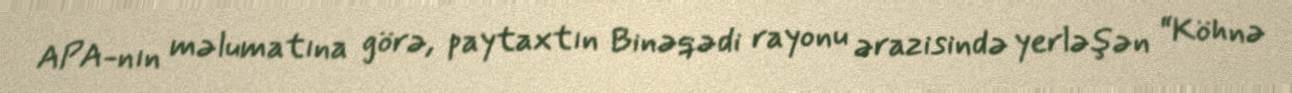
APA-nın məlumatına görə, paytaxtın Binəqədi rayonu ərazisində yerləşən “Köhnə